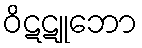
ဝိဋဋူဘော